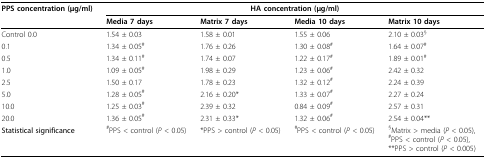
<table><thead><tr><td><b>PPS concentration (μg/ml)</b></td><td colspan="4"><b>HA concentration (μg/ml)</b></td></tr><tr><td></td><td><b>Media 7 days</b></td><td><b>Matrix 7 days</b></td><td><b>Media 10 days</b></td><td><b>Matrix 10 days</b></td></tr></thead><tbody><tr><td>Control 0.0</td><td>1.54 ± 0.03</td><td>1.58 ± 0.01</td><td>1.55 ± 0.06</td><td>2.10 ± 0.03<sup>§</sup></td></tr><tr><td>0.1</td><td>1.34 ± 0.05<sup>#</sup></td><td>1.76 ± 0.26</td><td>1.30 ± 0.08<sup>#</sup></td><td>1.64 ± 0.07<sup>#</sup></td></tr><tr><td>0.5</td><td>1.34 ± 0.11<sup>#</sup></td><td>1.74 ± 0.07</td><td>1.22 ± 0.17<sup>#</sup></td><td>1.89 ± 0.01<sup>#</sup></td></tr><tr><td>1.0</td><td>1.09 ± 0.05<sup>#</sup></td><td>1.98 ± 0.29</td><td>1.23 ± 0.06<sup>#</sup></td><td>2.42 ± 0.32</td></tr><tr><td>2.5</td><td>1.50 ± 0.17</td><td>1.78 ± 0.23</td><td>1.32 ± 0.12<sup>#</sup></td><td>2.24 ± 0.39</td></tr><tr><td>5.0</td><td>1.28 ± 0.05<sup>#</sup></td><td>2.16 ± 0.20*</td><td>1.33 ± 0.07<sup>#</sup></td><td>2.27 ± 0.24</td></tr><tr><td>10.0</td><td>1.25 ± 0.03<sup>#</sup></td><td>2.39 ± 0.32</td><td>0.84 ± 0.09<sup>#</sup></td><td>2.57 ± 0.31</td></tr><tr><td>20.0</td><td>1.36 ± 0.05<sup>#</sup></td><td>2.31 ± 0.33*</td><td>1.32 ± 0.06<sup>#</sup></td><td>2.54 ± 0.04**</td></tr><tr><td>Statistical significance</td><td><sup>#</sup>PPS &lt; control (<i>P </i>&lt; 0.05)</td><td>*PPS &gt; control (<i>P </i>&lt; 0.05)</td><td><sup>#</sup>PPS &lt; control (<i>P </i>&lt; 0.05)</td><td><sup>§</sup>Matrix &gt; media (<i>P </i>&lt; 0.05), <sup>#</sup>PPS &lt; control (<i>P </i>&lt; 0.05), **PPS &gt; control (<i>P </i>&lt; 0.005)</td></tr></tbody></table>